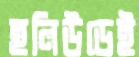
হলিউডেই